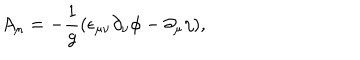
A _ { \mu } = - \frac { 1 } { g } ( \epsilon _ { \mu \nu } \partial _ { \nu } \phi - \partial _ { \mu } \eta ) ,